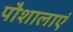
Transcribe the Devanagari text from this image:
पौशालाएं